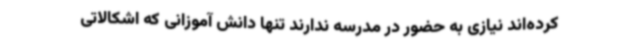
کرده‌اند نیازی به حضور در مدرسه ندارند تنها دانش آموزانی که اشکالاتی